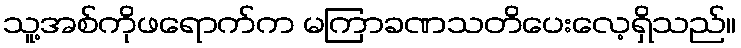
သူ့အစ်ကိုဖရောက်က မကြာခဏသတိပေးလေ့ရှိသည်။